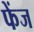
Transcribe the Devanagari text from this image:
फेंज